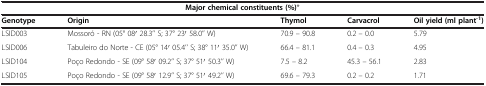
<table><thead><tr><td colspan="5"><b>Major chemical constituents (%)*</b></td></tr><tr><td><b>Genotype</b></td><td><b>Origin</b></td><td><b>Thymol</b></td><td><b>Carvacrol</b></td><td><b>Oil yield (ml plant<sup>-1</sup>)</b></td></tr></thead><tbody><tr><td>LSID003</td><td>Mossoró - RN (05° 08′ 28.3’’ S; 37° 23′ 58.0’’ W)</td><td>70.9 – 90.8</td><td>0.2 – 0.0</td><td>5.79</td></tr><tr><td>LSID006</td><td>Tabuleiro do Norte - CE (05° 14′ 05.4’’ S; 38° 11′ 35.0’’ W)</td><td>66.4 – 81.1</td><td>0.4 – 0.3</td><td>4.95</td></tr><tr><td>LSID104</td><td>Poço Redondo - SE (09° 58′ 09.2’’ S; 37° 51′ 50.3’’ W)</td><td>7.5 – 8.2</td><td>45.3 – 56.1</td><td>2.83</td></tr><tr><td>LSID105</td><td>Poço Redondo - SE (09° 58′ 12.9’’ S; 37° 51′ 49.2’’ W)</td><td>69.6 – 79.3</td><td>0.2 – 0.2</td><td>1.71</td></tr></tbody></table>